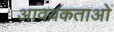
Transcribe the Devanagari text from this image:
आवयकताओं